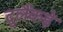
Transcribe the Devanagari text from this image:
दुलैंकड़े